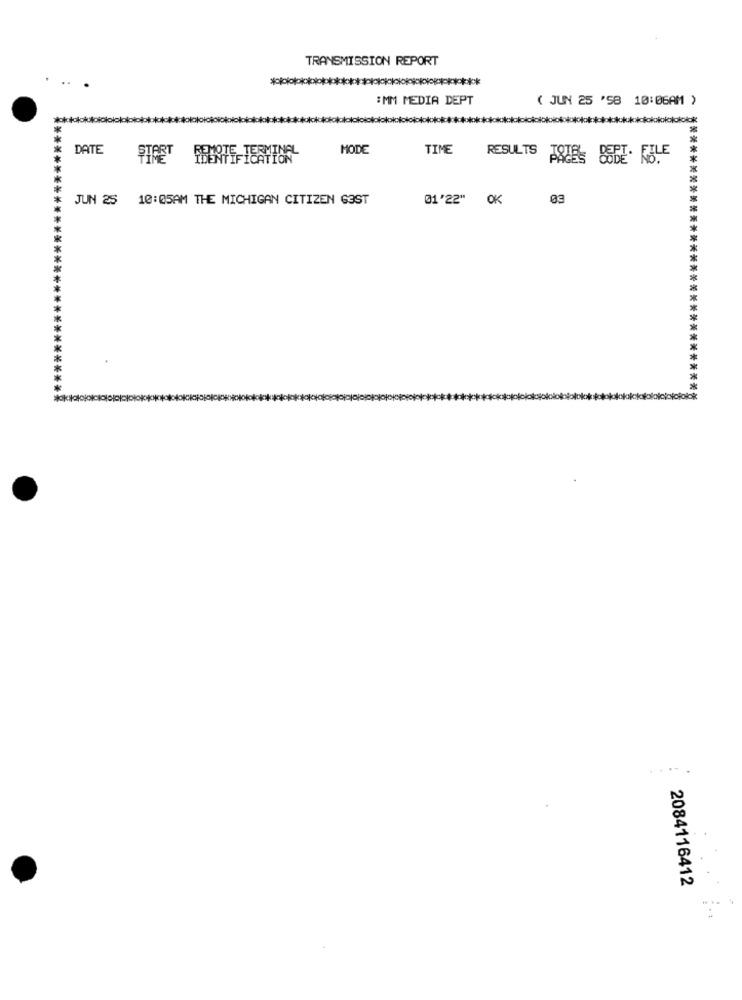
TRANSMISSION REPORT
**
*****************
:MM MEDIA DEPT
( JUN 25 'SB 10:06AM )
DATE
MODE
TIME
RESULTS
JUN 25 10:05AM THE MICHIGAN CITIZEN G3ST
01'22" OK
****************
*****
****************************
2084116412